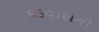
કડવાશનો